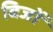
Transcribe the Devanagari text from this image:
बिजों